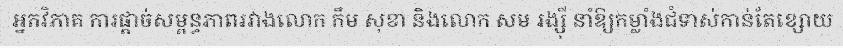
អ្នកវិភាគ ការផ្តាច់សម្ពន្ធភាពរវាងលោក កឹម សុខា និងលោក សម រង្ស៊ី នាំឱ្យកម្លាំងជំទាស់កាន់តែខ្សោយ